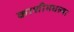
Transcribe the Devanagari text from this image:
काशीमधल्या